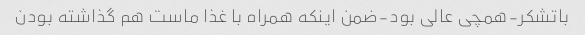
باتشکر-همچی عالی بود-ضمن اینکه همراه با غذا ماست هم گذاشته بودن